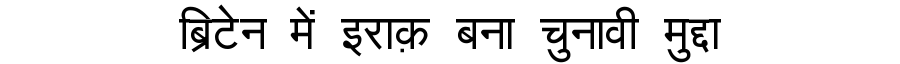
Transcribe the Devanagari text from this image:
ब्रिटेन में इराक़ बना चुनावी मुद्दा